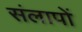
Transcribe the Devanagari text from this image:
संलापों